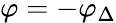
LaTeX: \varphi=-\varphi_{\Delta}